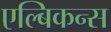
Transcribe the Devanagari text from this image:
एल्बिकन्स